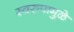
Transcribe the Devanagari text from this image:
स्वरुपामुळे